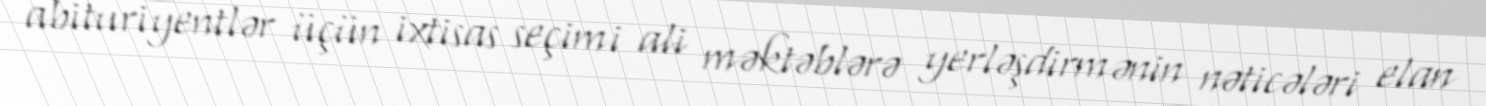
abituriyentlər üçün ixtisas seçimi ali məktəblərə yerləşdirmənin nəticələri elan